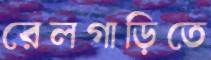
রেলগাড়িতে